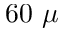
6 0 \ \mu